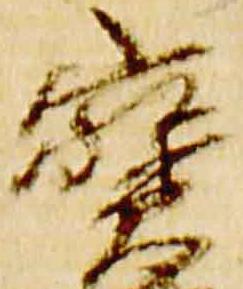
宝